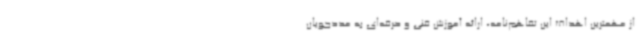
از مهمترین اهداف این تفاهم‌نامه، ارائه آموزش فنی و حرفه‌ای به مددجویان